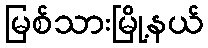
မြစ်သားမြို့နယ်